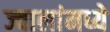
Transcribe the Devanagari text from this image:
ज्वालांमध्ये